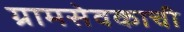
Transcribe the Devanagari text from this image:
ग्रामसेवकाची